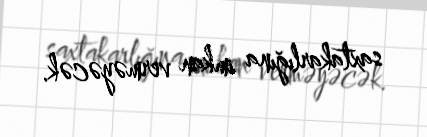
saxtakarlığına imkan verməyəcək.